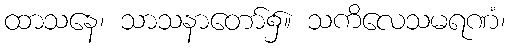
ထာသနေ၊ သာသနာတော်၌။ သကိလေသမရဏံ၊